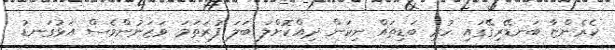
ކެރެންޏާ ބަނޑޭރިގޭގައި ހުރި ބަޑިތައް ނިކަން ދިއްކޮށްލަ ބަލަ ފުރަތަމަ ވަޒަނުންވެސް އަޅުގަނޑު